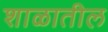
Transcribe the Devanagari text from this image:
शाळातील